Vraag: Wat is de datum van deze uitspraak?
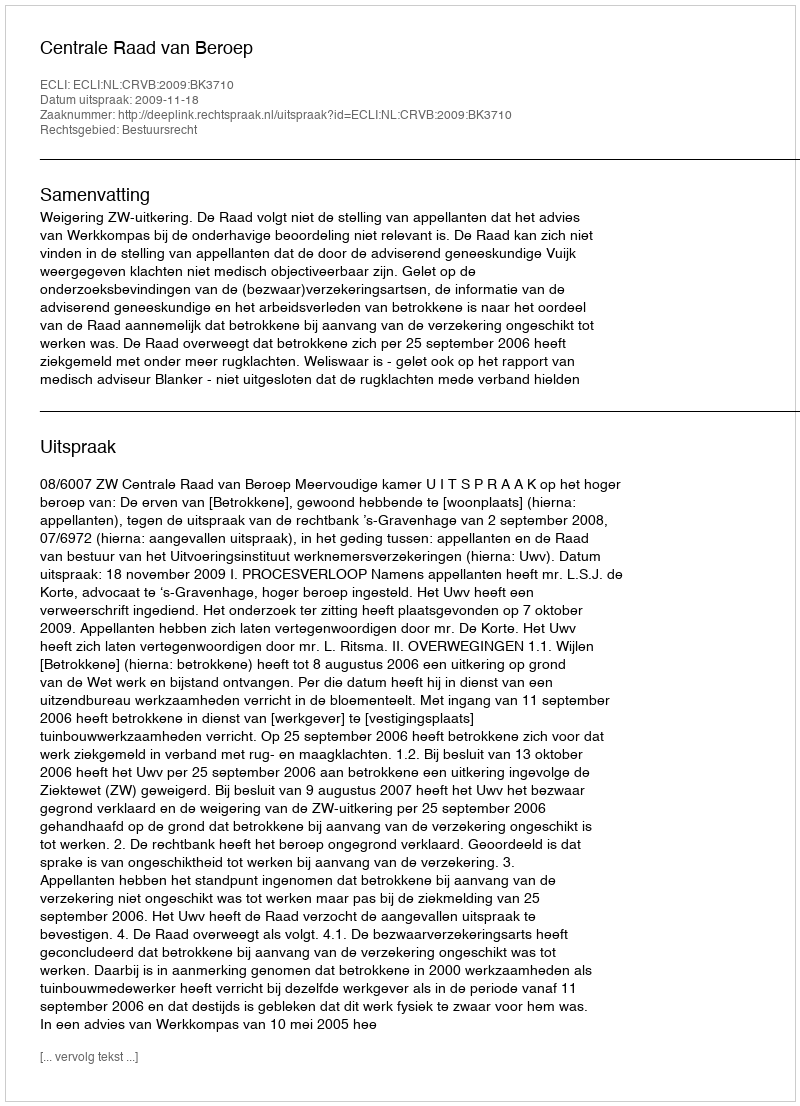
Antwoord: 2009-11-18